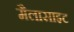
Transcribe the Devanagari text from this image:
मैलासाइट